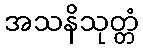
အသနိသုတ္တံ